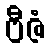
ဗီဇံ